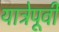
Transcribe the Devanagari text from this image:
यात्रेपूर्वी